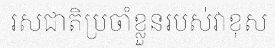
រសជាតិប្រចាំខ្លួនរបស់វាខុស